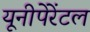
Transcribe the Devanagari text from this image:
यूनीपेरेंटल